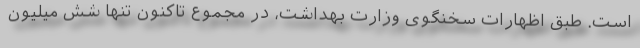
است. طبق اظهارات سخنگوی وزارت بهداشت، در مجموع تاکنون تنها شش میلیون